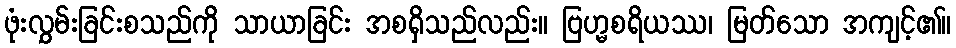
ဖုံးလွှမ်းခြင်းစသည်ကို သာယာခြင်း အစရှိသည်လည်း။ ဗြဟ္မစရိယဿ၊ မြတ်သော အကျင့်၏။